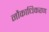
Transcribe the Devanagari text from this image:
नौकाधिकरण